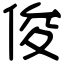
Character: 俊